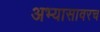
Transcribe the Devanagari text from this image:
अभ्यासावरच